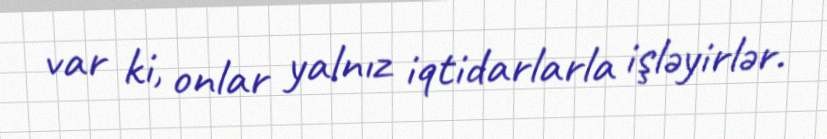
var ki, onlar yalnız iqtidarlarla işləyirlər.